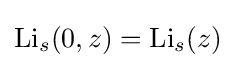
\operatorname {Li} _{s}(0,z)=\operatorname {Li} _{s}(z)